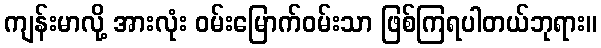
ကျန်းမာလို့ အားလုံး ဝမ်းမြောက်ဝမ်းသာ ဖြစ်ကြရပါတယ်ဘုရား။